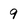
Character: 9